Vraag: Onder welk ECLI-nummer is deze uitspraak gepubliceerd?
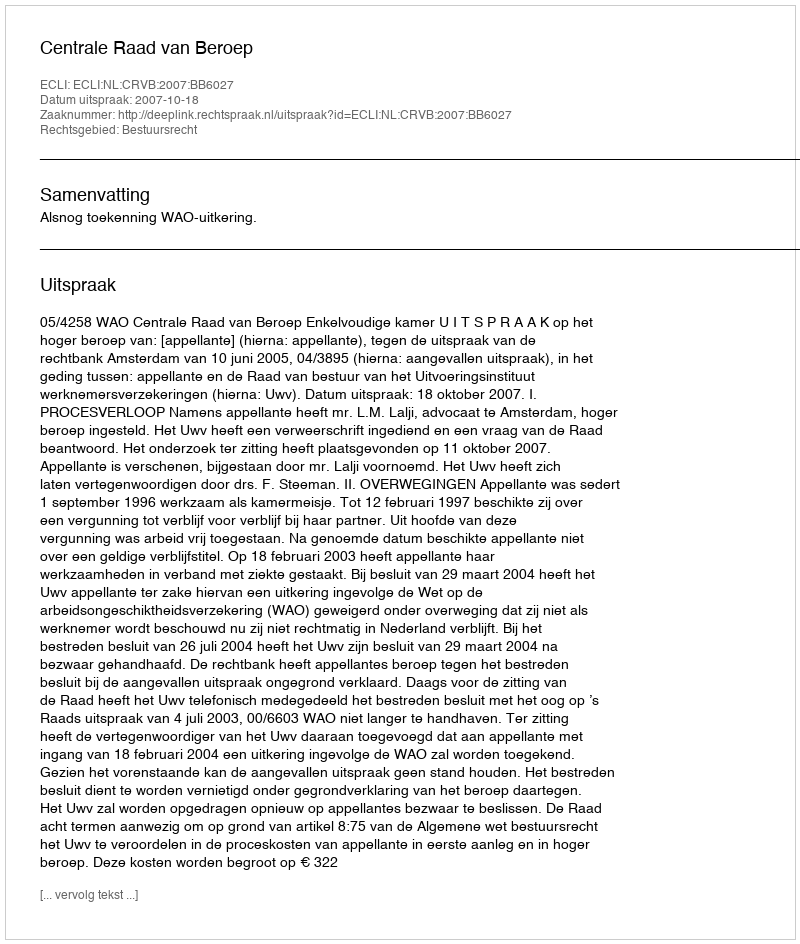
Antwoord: ECLI:NL:CRVB:2007:BB6027